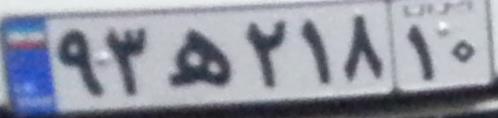
۹۳ه۲۱۸۱۰